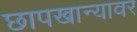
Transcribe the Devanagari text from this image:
छापखान्यावर